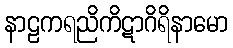
နာဠကရညိကိဋာဂိရိနာမော